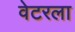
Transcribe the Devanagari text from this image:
वेटरला